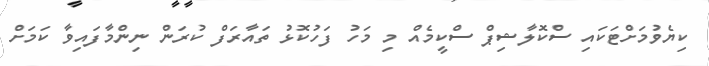
ކިޔެވުމަށްޓަކައި ސްކޮލާޝިޕް ސްކީމެއް މި މަހު ފަހުކޮޅު ތައާރަފް ކުރަން ނިންމާފައިވާ ކަމަށް